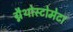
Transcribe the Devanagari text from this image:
ग्नैथोस्टोमेटा